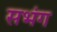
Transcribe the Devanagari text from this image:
सभंग